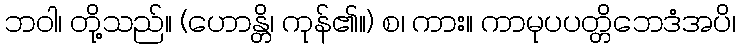
ဘဝါ၊ တို့သည်။ (ဟောန္တိ၊ ကုန်၏။) စ၊ ကား။ ကာမုပပတ္တိဘေဒံအပိ၊